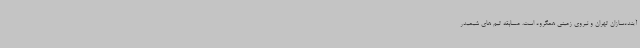
آینده‌سازان تهران و نیروی زمینی همگروه است. مسابقه تیم های شیمیدر